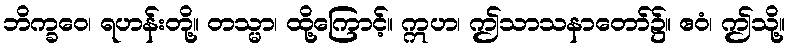
ဘိက္ခဝေ၊ ရဟန်းတို့။ တသ္မာ၊ ထို့ကြောင့်။ ဣဟ၊ ဤသာသနာတော်၌။ ဧဝံ၊ ဤသို့။